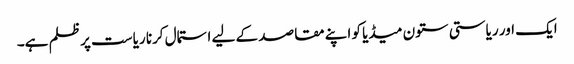
ایک اور ریاستی ستون میڈیا کو اپنے مقاصد کے لیے استمال کرنا ریاست پر ظلم ہے۔